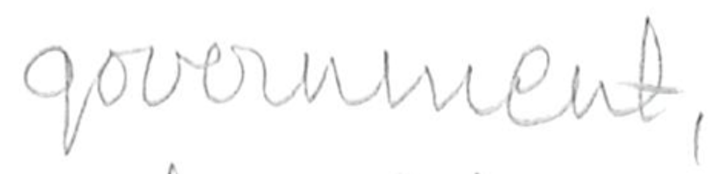
Text: government,
Cross-out: clean
Writing tool: pencil